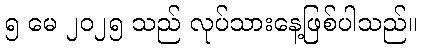
၅ မေ ၂၀၂၅ သည် လုပ်သားနေ့ဖြစ်ပါသည်။